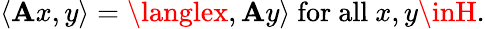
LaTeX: \langle\mathbf{A}x,y\rangle=\langlex,\mathbf{A}y\rangle{\mathrm{{~for~all~}}}x,y\inH.